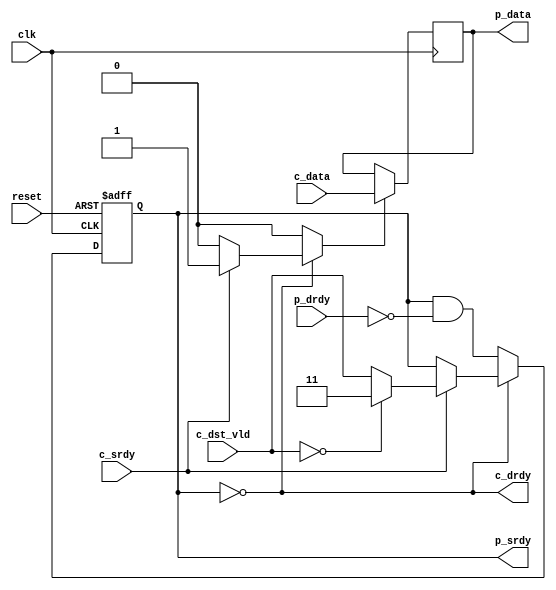
//----------------------------------------------------------------------
//  Srdy/drdy mirrored fork
//
//  Used when a single item of data needs to be used by more than one
//  block, and all blocks may finish at different times.  This creates
//  separate srdy/drdy signals for each block, and holds drdy to the
//  sender until all blocks have individually asserted drdy.
//
//  The input c_dst_vld allows the data to be selectively sent to some
//  or all of the downstream endpoints.  At least one bit in c_dst_vld
//  must be asserted with c_srdy.  If this functionality is not desired
//  the input should be tied to 0.
//
// Naming convention: c = consumer, p = producer, i = internal interface
//----------------------------------------------------------------------
//
// This block is uncopyrighted and released into the public domain.
//----------------------------------------------------------------------

// Clocking statement for synchronous blocks.  Default is for
// posedge clocking and positive async reset
`ifndef SDLIB_CLOCKING 
 `define SDLIB_CLOCKING posedge clk or posedge reset
`endif

// delay unit for nonblocking assigns, default is to #1
`ifndef SDLIB_DELAY 
 `define SDLIB_DELAY #1 
`endif

module sd_mirror
  #(parameter mirror=2,
    parameter width=128)
  (input        clk,
   input        reset,

   input              c_srdy,
   //output reg         c_drdy,
   output             c_drdy,
   input [width-1:0]  c_data,
   input [mirror-1:0] c_dst_vld,

   output reg [mirror-1:0] p_srdy,
   input [mirror-1:0]      p_drdy,
   output reg [width-1:0]  p_data
   );

  reg 			 state, nxt_state;
  reg [mirror-1:0] 	 nxt_p_srdy;
  reg                    load;
 
  always @(posedge clk)
    if (load)
      p_data <= `SDLIB_DELAY c_data;

  assign c_drdy = (p_srdy == 0);

  always @*
    begin
      nxt_p_srdy = p_srdy;
      load         = 0;
      
      if (p_srdy == {mirror{1'b0}})
          begin
	    if (c_srdy)
	      begin
                if (c_dst_vld == {mirror{1'b0}})
                  nxt_p_srdy = {mirror{1'b1}};
                else
	          nxt_p_srdy = c_dst_vld;
                load         = 1;
	      end
          end
      else
	begin
	  nxt_p_srdy = p_srdy & ~p_drdy;
	end
    end

  always @(`SDLIB_CLOCKING)
    begin
      if (reset)
	begin
	  p_srdy   <= `SDLIB_DELAY {mirror{1'b0}};
	  state    <= `SDLIB_DELAY 1'b0;
	end
      else
	begin
	  p_srdy   <= `SDLIB_DELAY nxt_p_srdy;
	  state    <= `SDLIB_DELAY nxt_state;
	end
    end

endmodule // sd_mirror